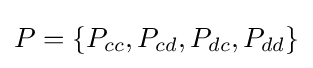
P=\{P_{cc},P_{cd},P_{dc},P_{dd}\}